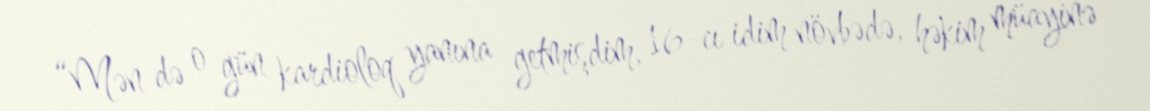
“Mən də o gün kardioloq yanına getmişdim, 16-cı idim növbədə, həkim müayinə